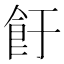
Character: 𱃡